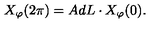
X _ { \varphi } ( 2 \pi ) = A d L \cdot X _ { \varphi } ( 0 ) .